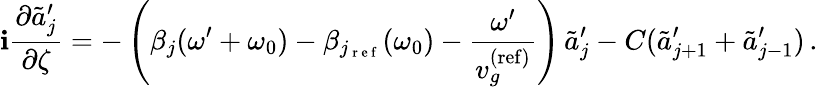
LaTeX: \mathbf{i}\frac{{\partial\tilde{{a}}_{j}^{\prime}}}{{\partial\zeta}}=-\left(\beta_{j}(\omega^{\prime}+\omega_{0})-\beta_{j_{\mathrm{{~r~e~f~}}}}(\omega_{0})-\frac{{\omega^{\prime}}}{{v_{g}^{\mathrm{{(ref)}}}}}\right)\, \tilde{{a}}_{j}^{\prime}-C(\tilde{{a}}_{j+1}^{\prime}+\tilde{{a}}_{j-1}^{\prime})\, .